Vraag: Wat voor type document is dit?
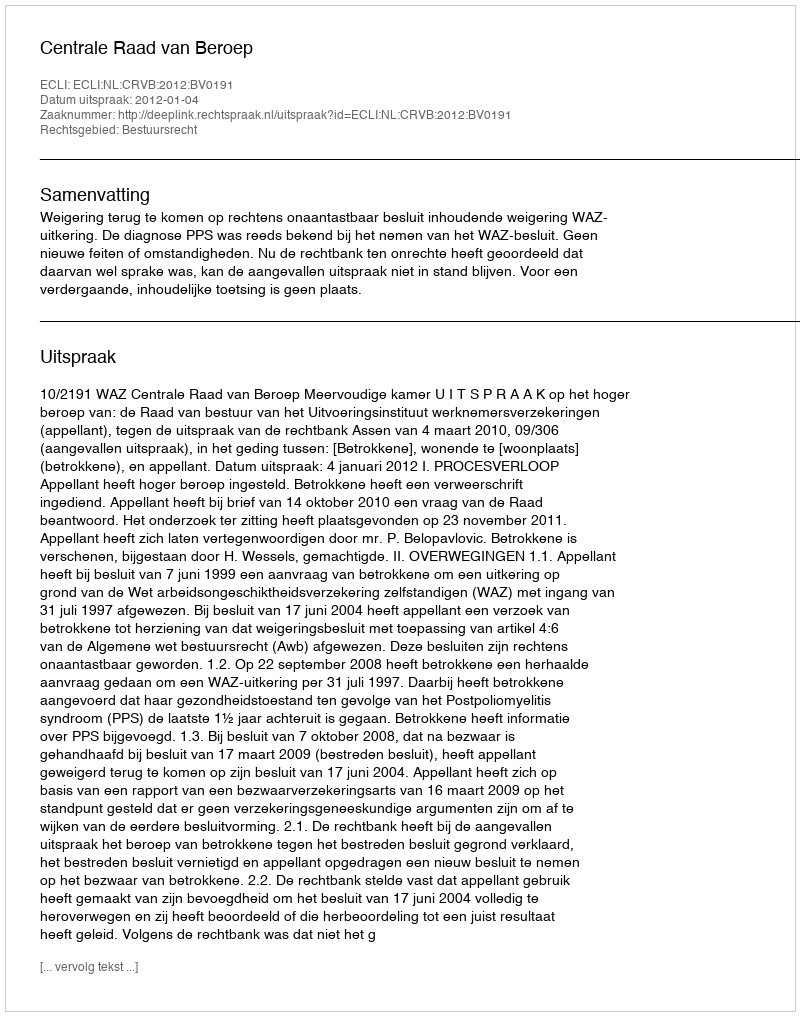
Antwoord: Uitspraak